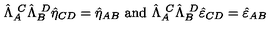
\hat { \Lambda } _ { A } ^ { \ C } \hat { \Lambda } _ { B } ^ { \ D } \hat { \eta } _ { C D } = \hat { \eta } _ { A B } \ \mathrm { a n d } \ \hat { \Lambda } _ { A } ^ { \ C } \hat { \Lambda } _ { B } ^ { \ D } \hat { \varepsilon } _ { C D } = \hat { \varepsilon } _ { A B }